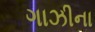
ગાઝીના